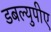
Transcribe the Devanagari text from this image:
डबल्युपीए